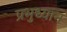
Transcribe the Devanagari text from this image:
प्रभुध्यान